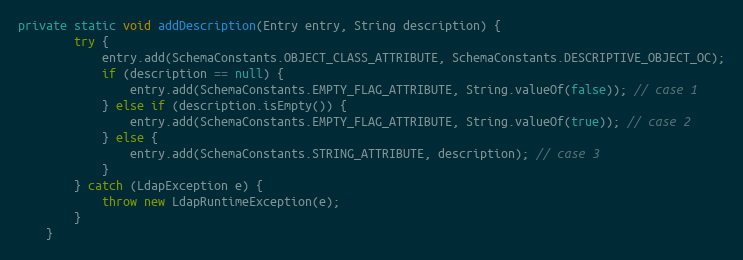
Language: Java
private static void addDescription(Entry entry, String description) {
        try {
            entry.add(SchemaConstants.OBJECT_CLASS_ATTRIBUTE, SchemaConstants.DESCRIPTIVE_OBJECT_OC);
            if (description == null) {
                entry.add(SchemaConstants.EMPTY_FLAG_ATTRIBUTE, String.valueOf(false)); // case 1
            } else if (description.isEmpty()) {
                entry.add(SchemaConstants.EMPTY_FLAG_ATTRIBUTE, String.valueOf(true)); // case 2
            } else {
                entry.add(SchemaConstants.STRING_ATTRIBUTE, description); // case 3
            }
        } catch (LdapException e) {
            throw new LdapRuntimeException(e);
        }
    }